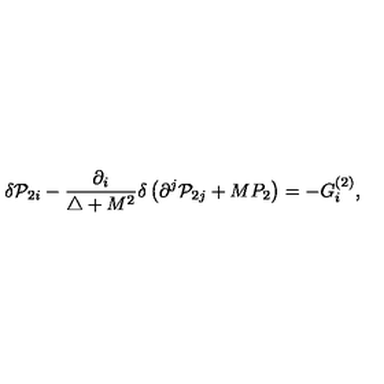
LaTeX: \delta { \cal P } _ { 2 i } - \frac { \partial _ { i } } { \triangle + M ^ { 2 } } \delta \left( \partial ^ { j } { \cal P } _ { 2 j } + M P _ { 2 } \right) = - G _ { i } ^ { ( 2 ) } ,